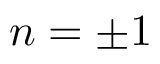
n = \pm 1